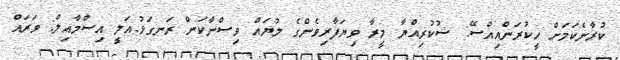
ކުރާނެކަމަށް ހީކުރަންއިއްސޭ: ޝުކުރިއްޔާ މީރާ ވިޔަފާރިވެންގެ ލުޔައް ވިސްނާކަން ރަނގަޅު.އަލީ އިސްމާއިލް: ވަރައް